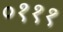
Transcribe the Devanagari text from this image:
०१११